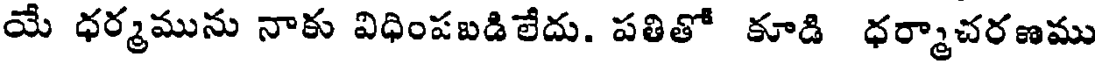
యే ధర్మమును నాకు విధింపబడిలేదు. పతితో కూడి ధర్మాచరణము